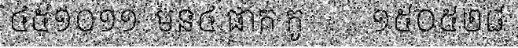
៤៥១០១១  មន៤ ផាក់ កូ        ១៥០៥២៨